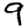
Digit: 9